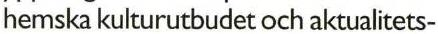
hemska kulturutbudet och aktualitets-